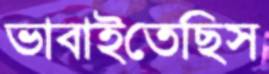
ভাবাইতেছিস